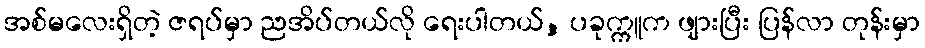
အစ်မလေးရှိတဲ့ ဇရပ်မှာ ညအိပ်တယ်လို ရေးပါတယ်, ပခုက္ကူက ဖျားပြီး ပြန်လာ တုန်းမှာ